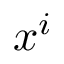
x ^ { i }